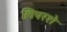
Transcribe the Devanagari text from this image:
लिपरशे